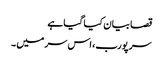
قصا بیان کیا گیا ہے
سر پورب، اس سر میں ۔